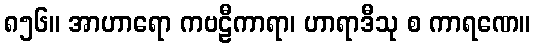
၈၅၆။ အာဟာရော ကဗဠီကာရာ၊ ဟာရာဒီသု စ ကာရဏေ။